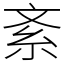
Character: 紊